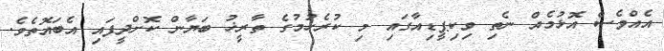
އެއްވެސް އޮޅުމެއް ނެތި ވިކިޕީޑިއާގައި މި ކުރެހުމުގެ ތާރީޚު ބަޔާން ކޮށްދީފައި އެބައޮތެވެ.